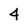
Character: 4